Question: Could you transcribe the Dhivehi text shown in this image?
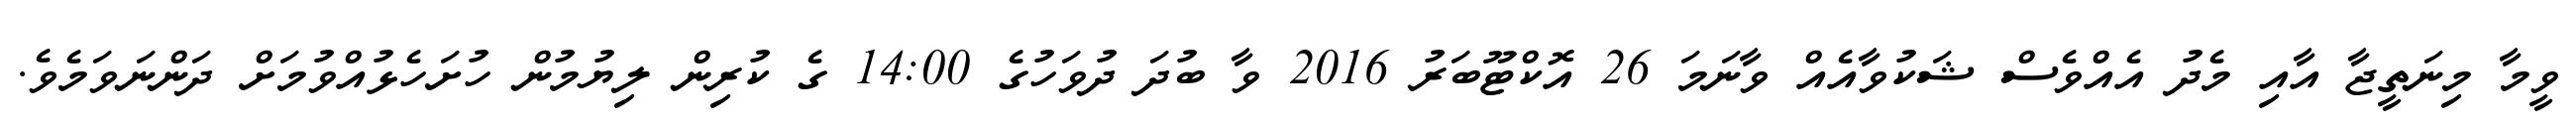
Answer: ވީމާ މިނަތީޖާ އާއި މެދު އެއްވެސް ޝަކުވާއެއް ވާނަމަ 26 އޮކްޓޫބަރު 2016 ވާ ބުދަ ދުވަހުގެ 14:00 ގެ ކުރިން ލިޔުމުން ހުށަހެޅުއްވުމަށް ދަންނަވަމެވެ.